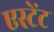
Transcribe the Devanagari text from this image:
एस्टेंट